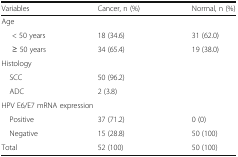
<table><thead><tr><td><b>Variables</b></td><td><b>Cancer, n (%)</b></td><td><b>Normal, n (%)</b></td></tr></thead><tbody><tr><td colspan="3">Age</td></tr><tr><td>&lt; 50 years</td><td>18 (34.6)</td><td>31 (62.0)</td></tr><tr><td>≥ 50 years</td><td>34 (65.4)</td><td>19 (38.0)</td></tr><tr><td colspan="3">Histology</td></tr><tr><td> SCC</td><td>50 (96.2)</td><td></td></tr><tr><td> ADC</td><td>2 (3.8)</td><td></td></tr><tr><td colspan="3">HPV E6/E7 mRNA expression</td></tr><tr><td> Positive</td><td>37 (71.2)</td><td>0 (0)</td></tr><tr><td> Negative</td><td>15 (28.8)</td><td>50 (100)</td></tr><tr><td>Total</td><td>52 (100)</td><td>50 (100)</td></tr></tbody></table>